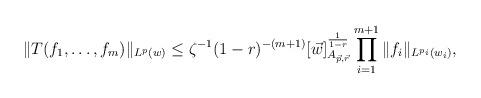
LaTeX: \begin{align*}\|T (f_1, \dots, f_m)\|_{L^p(w)}\le \zeta^{-1} (1-r)^{-(m+1)}[\vec{w}]_{A_{\vec{p},\vec{r}}}^{\frac1{1-r}}\prod_{i=1}^{m+1}\|f_i\|_{L^{p_i}(w_i)},\end{align*}